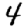
Digit: 4